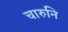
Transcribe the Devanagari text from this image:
चारुनि